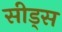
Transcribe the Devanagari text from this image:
सीड्‌स